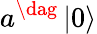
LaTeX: a^{\dag}\left\vert 0\right\rangle